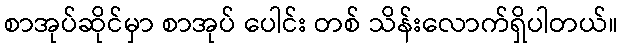
စာအုပ်ဆိုင်မှာ စာအုပ် ပေါင်း တစ် သိန်းလောက်ရှိပါတယ်။